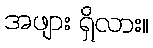
အဖျား ရှိလား။